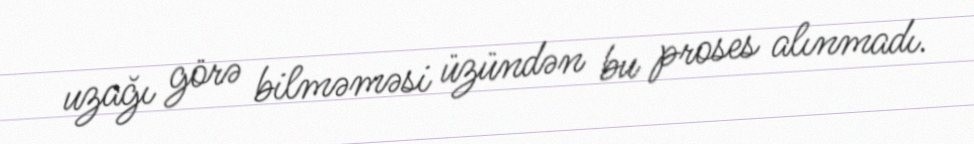
uzağı görə bilməməsi üzündən bu proses alınmadı.